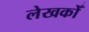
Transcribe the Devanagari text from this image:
लेखकोँ